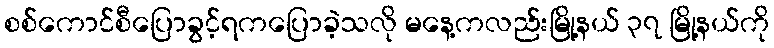
စစ်ကောင်စီပြောခွင့်ရကပြောခဲ့သလို မနေ့ကလည်းမြို့နယ် ၃၇ မြို့နယ်ကို